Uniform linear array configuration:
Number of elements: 64
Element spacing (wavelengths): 0.5
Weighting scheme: exponential
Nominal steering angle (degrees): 30
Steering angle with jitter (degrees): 29.589
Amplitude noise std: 0.05
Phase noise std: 0.05

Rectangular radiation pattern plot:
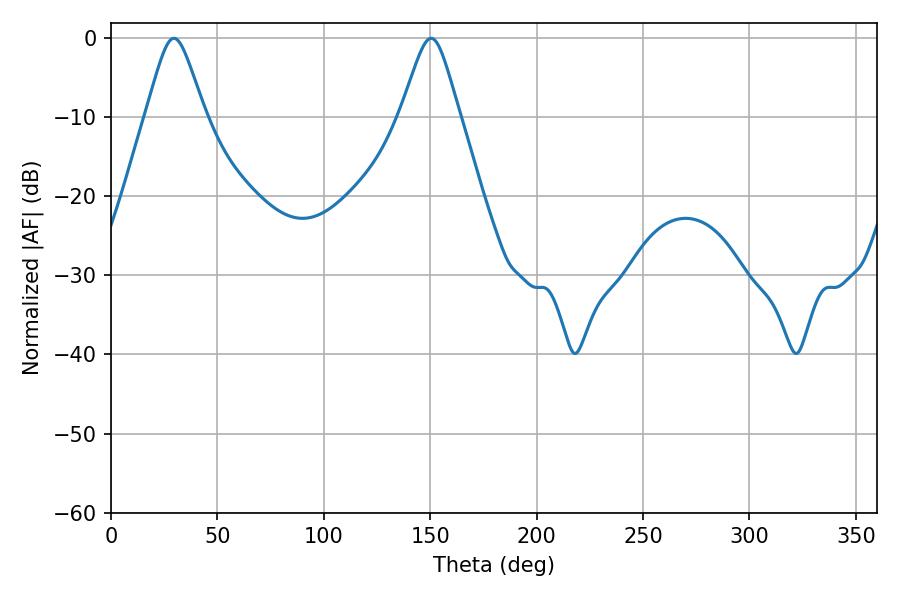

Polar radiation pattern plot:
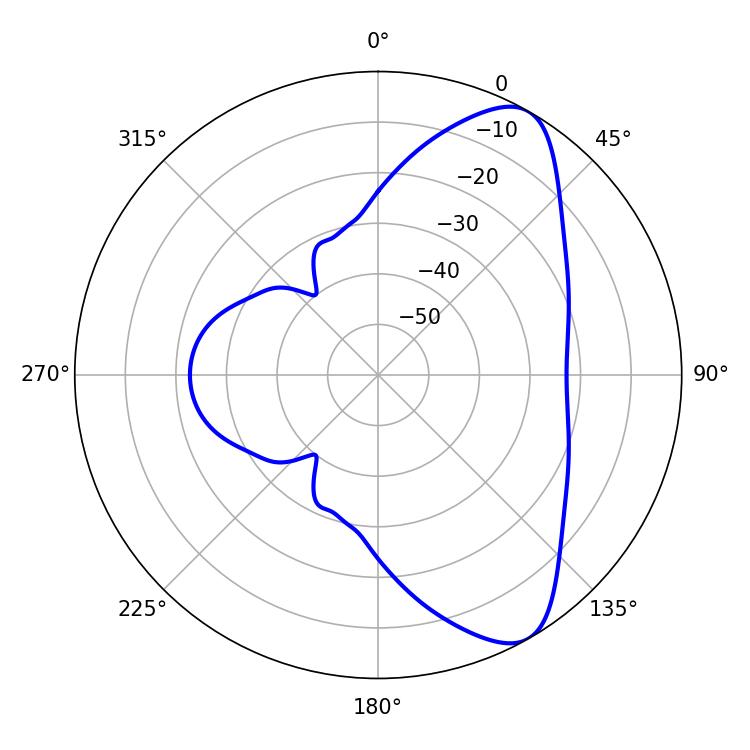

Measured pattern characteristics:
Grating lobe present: FALSE
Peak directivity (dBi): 8.429
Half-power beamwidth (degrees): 13.32
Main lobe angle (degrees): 29.52